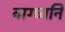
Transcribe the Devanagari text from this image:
वाग्ध्वनि